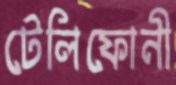
টেলিফোনী